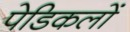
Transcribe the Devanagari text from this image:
पेडिकलों